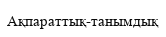
Ақпараттық-танымдық